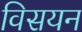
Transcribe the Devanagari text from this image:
विसयन